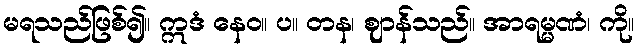
မရသည်ဖြစ်၍။ ဣဒံ နေဝ။ ပ။ တန၊ ဈာန်သည်။ အာရမ္မဏံ၊ ကို။